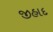
જીહાદ